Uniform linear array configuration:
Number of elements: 48
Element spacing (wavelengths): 1
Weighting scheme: hann
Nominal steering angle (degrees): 45
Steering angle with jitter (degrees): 44.436
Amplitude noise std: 0.05
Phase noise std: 0.05

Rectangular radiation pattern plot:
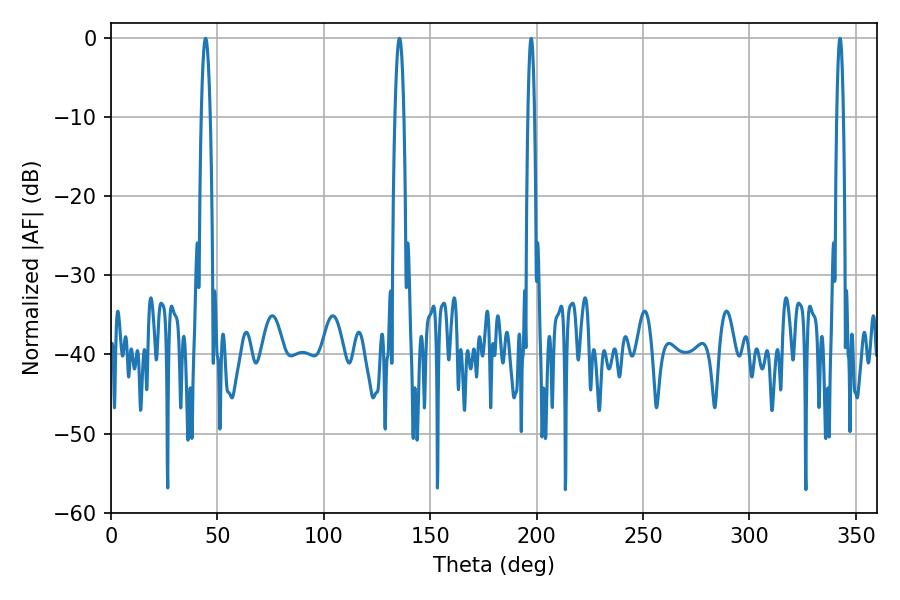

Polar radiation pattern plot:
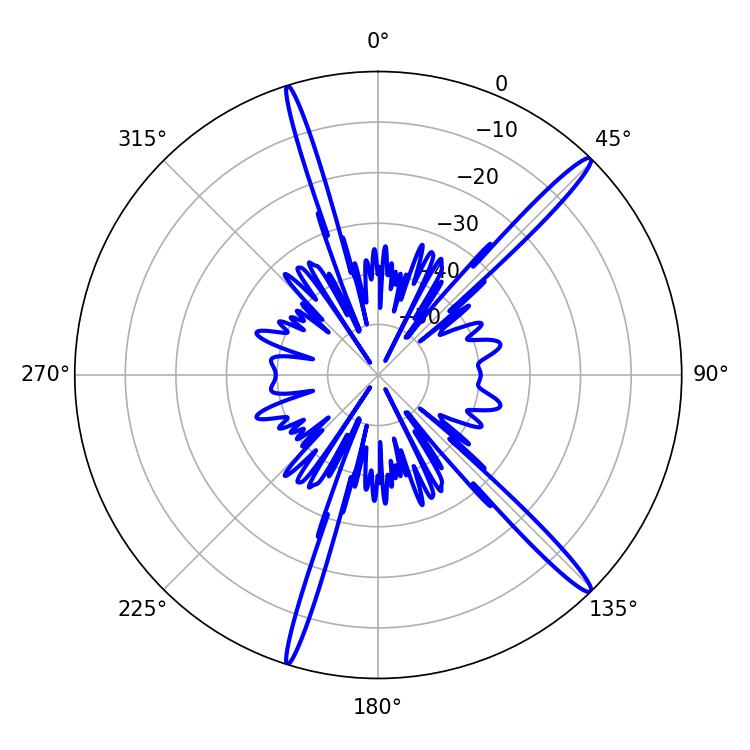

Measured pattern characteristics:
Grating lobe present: TRUE
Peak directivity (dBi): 16.737
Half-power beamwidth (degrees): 2.16
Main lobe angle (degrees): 135.54